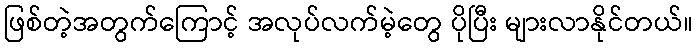
ဖြစ်တဲ့အတွက်ကြောင့် အလုပ်လက်မဲ့တွေ ပိုပြီး များလာနိုင်တယ်။